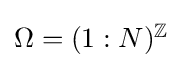
{\textstyle \Omega =(1:N)^{\mathbb {Z} }}